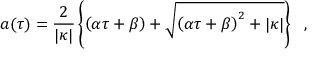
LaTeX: a ( \tau ) = \frac { 2 } { \vert \kappa \vert } \left\{ \left( \alpha \tau + \beta \right) + \sqrt { \left( \alpha \tau + \beta \right) ^ { 2 } + \vert \kappa \vert } \right\} \ \ ,